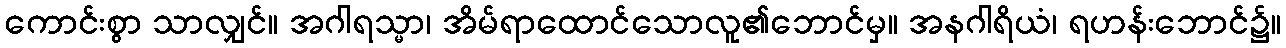
ကောင်းစွာ သာလျှင်။ အဂါရသ္မာ၊ အိမ်ရာထောင်သောလူ၏ဘောင်မှ။ အနဂါရိယံ၊ ရဟန်းဘောင်၌။